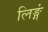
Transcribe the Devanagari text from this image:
लिङ्गं